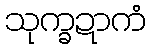
သုက္ခဍာကံ